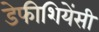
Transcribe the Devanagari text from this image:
डेफीशियेंसी